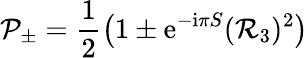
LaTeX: {\cal P}_{\pm}=\frac{1}{2}\left(1\pm{\mathrm e}^{-{\mathrm i}\pi S}({\cal R}_{3})^{2}\right)